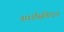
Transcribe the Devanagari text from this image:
स्पर्शसंवेदन